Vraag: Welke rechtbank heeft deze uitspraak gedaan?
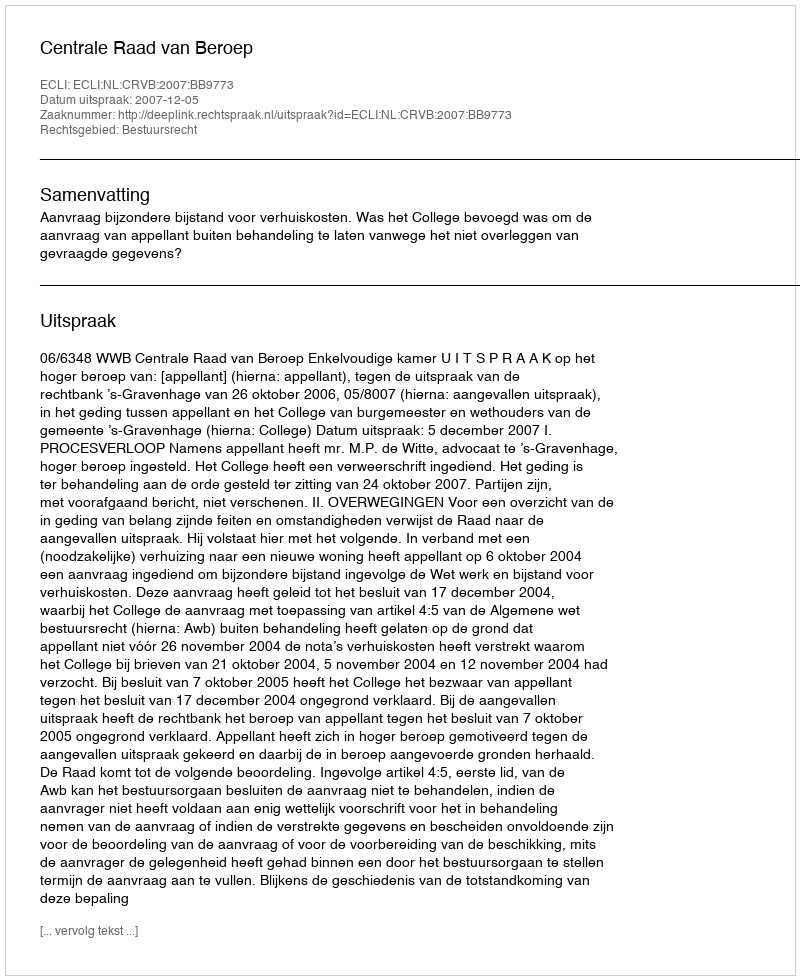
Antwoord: Centrale Raad van Beroep